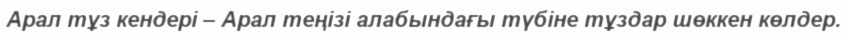
Арал тұз кендері – Арал теңізі алабындағы түбіне тұздар шөккен көлдер.